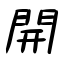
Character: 開